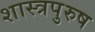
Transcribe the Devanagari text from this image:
शास्त्रपुरुष